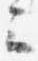
云